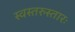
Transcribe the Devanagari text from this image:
स्वस्तरुस्तारः